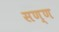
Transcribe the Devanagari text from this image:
सण्ण